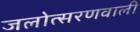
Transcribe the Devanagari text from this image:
जलोत्सरणवाली